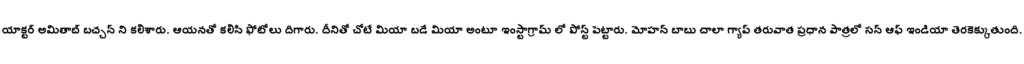
యాక్టర్ అమితాబ్ బచ్చన్ ని కలిశారు. ఆయనతో కలిసి ఫోటోలు దిగారు. దీనితో చోటే మియా బడే మియా అంటూ ఇంస్టాగ్రామ్ లో పోస్ట్ పెట్టారు. మోహన్ బాబు చాలా గ్యాప్ తరువాత ప్రధాన పాత్రలో సన్ ఆఫ్ ఇండియా తెరకెక్కుతుంది.